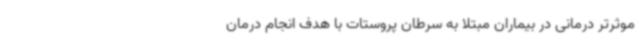
موثرتر درمانی در بیماران مبتلا به سرطان پروستات با هدف انجام درمان